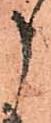
申